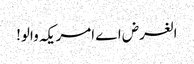
الغرض اے امریکہ والو!